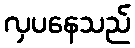
လှပနေသည်